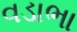
વડાભા